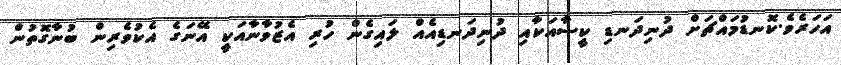
އަހަރެވެ.ކޮނޑުމައްޗަށް ދުނިދަނޑި ކީސާއަކާއި ދުނިދަނޑިއެއް ލައިގެން ހުރި އެޒުވާނާއަކީ އޭނަގެ އެކުވެރިން ބުނާގޮތުން